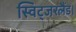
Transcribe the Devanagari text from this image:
स्विट्जरलैंड।